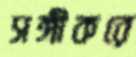
সঙ্গীকরে